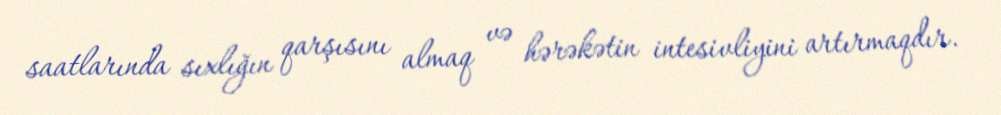
saatlarında sıxlığın qarşısını almaq və hərəkətin intesivliyini artırmaqdır.